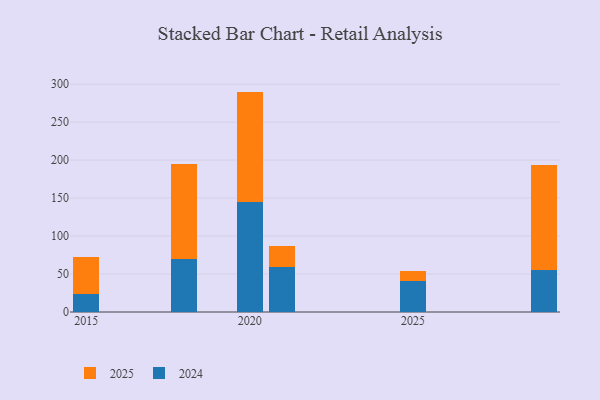
{"axis": {"x": "Year", "y": "Gross Profit (USD K)"}, "legend": ["2024", "2025"], "data": [{"x": "2015", "y": 24.1, "type": "2024"}, {"x": "2015", "y": 47.7, "type": "2025"}, {"x": "2020", "y": 144.7, "type": "2024"}, {"x": "2020", "y": 145.5, "type": "2025"}, {"x": "2025", "y": 40.7, "type": "2024"}, {"x": "2025", "y": 12.9, "type": "2025"}, {"x": "2021", "y": 59.5, "type": "2024"}, {"x": "2021", "y": 28.0, "type": "2025"}, {"x": "2018", "y": 70.2, "type": "2024"}, {"x": "2018", "y": 124.6, "type": "2025"}, {"x": "2029", "y": 55.6, "type": "2024"}, {"x": "2029", "y": 138.5, "type": "2025"}]}